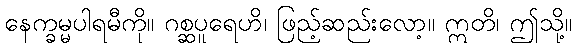
နေက္ခမ္မပါရမီကို။ ဂစ္ဆပူရေဟိ၊ ဖြည့်ဆည်းလော့။ ဣတိ၊ ဤသို့။